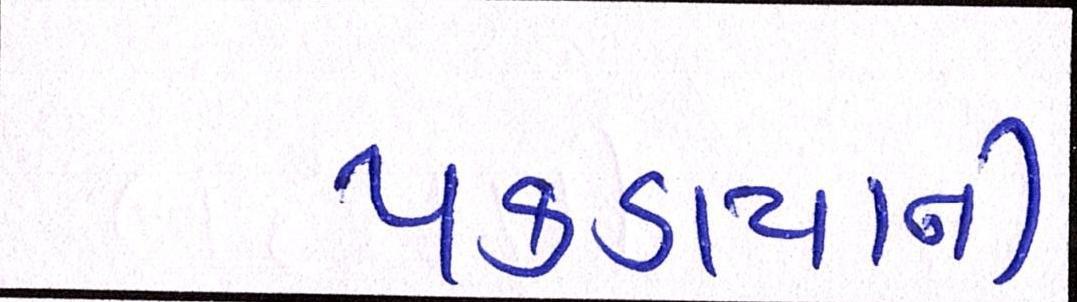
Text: પકડાયાની